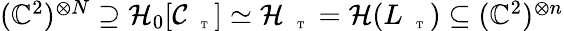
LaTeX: \begin{array}{r}{(\mathbb{C}^{2})^{\otimes N}\supseteq\mathcal{H}_{0}[\mathcal{C}_{\mathrm{~\tiny~\textnormal~{~T~}~}}]\simeq\mathcal{H}_{\mathrm{~\tiny~\textnormal~{~T~}~}}=\mathcal{H}(L_{\mathrm{~\tiny~\textnormal~{~T~}~}})\subseteq(\mathbb{C}^{2})^{\otimes n}}\end{array}